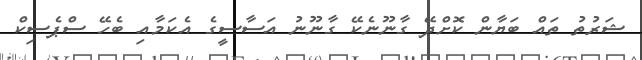
ޝަރުތު ތައް ބަޔާން ކޮށްދޭ ގާނޫނެކޭ ގާނޫނު އަސާސީގެ އެކަމާއި ބެހޭ ސްޕެސިކް